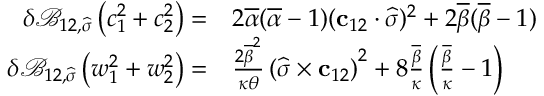
\begin{array} { r l } { \delta \mathcal { B } _ { 1 2 , \widehat { \boldsymbol { \sigma } } } \left( c _ { 1 } ^ { 2 } + c _ { 2 } ^ { 2 } \right) = } & { { } 2 \overline { { \alpha } } ( \overline { { \alpha } } - 1 ) ( \mathbf { c } _ { 1 2 } \cdot \widehat { \boldsymbol { \sigma } } ) ^ { 2 } + 2 \overline { { \beta } } ( \overline { { \beta } } - 1 ) } \\ { \delta \mathcal { B } _ { 1 2 , \widehat { \boldsymbol { \sigma } } } \left( w _ { 1 } ^ { 2 } + w _ { 2 } ^ { 2 } \right) = } & { { } \frac { 2 \overline { { \beta } } ^ { 2 } } { \kappa \theta } \left( \widehat { \boldsymbol { \sigma } } \times \mathbf { c } _ { 1 2 } \right) ^ { 2 } + 8 \frac { \overline { { \beta } } } { \kappa } \left( \frac { \overline { { \beta } } } { \kappa } - 1 \right) } \end{array}